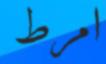
امرط